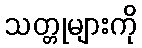
သတ္တုများကို